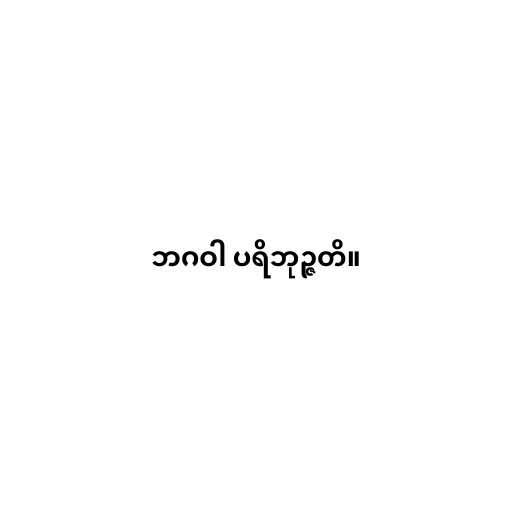
ဘဂဝါ ပရိဘုဉ္ဇတိ။